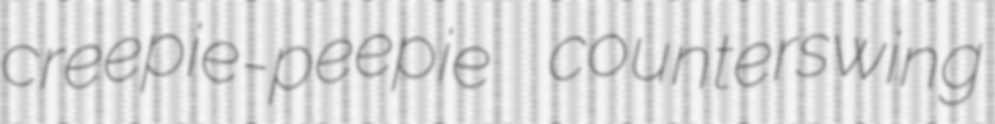
creepie-peepie counterswing